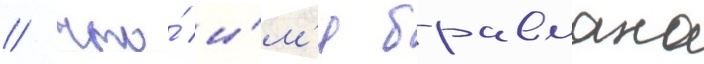
/ что́ и́м'я бравмана